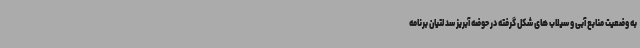
به وضعیت منابع آبی و سیلاب های شکل گرفته در حوضه آبریز سد لتیان برنامه